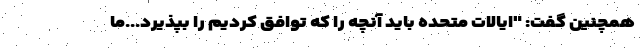
همچنین گفت: "ایالات متحده باید آنچه را كه توافق كردیم را بپذیرد...ما